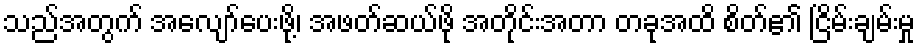
သည်အတွက် အလျော်ပေးဖို့၊ အဖတ်ဆယ်ဖို အတိုင်းအတာ တခုအထိ စိတ်၏ ငြိမ်းချမ်းမှု